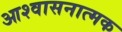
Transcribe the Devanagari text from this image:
आश्वासनात्मक